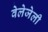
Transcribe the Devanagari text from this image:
वेलेजेली